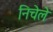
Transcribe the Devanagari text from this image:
निचेले